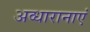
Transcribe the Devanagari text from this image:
अव्धारानाएं